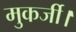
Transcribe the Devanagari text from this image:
मुकर्जी।